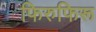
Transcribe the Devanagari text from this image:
फिरुफिरू